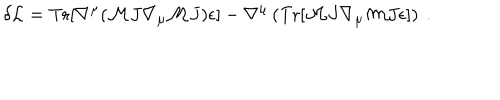
\delta { \cal L } = \mathrm { T r } [ \nabla ^ { \mu } ( { \cal M } J \nabla _ { \mu } { \cal M } J ) \epsilon ] - \nabla ^ { \mu } \left( \mathrm { T r } [ { \cal M } J \nabla _ { \mu } { \cal M } J \epsilon ] \right) \ .